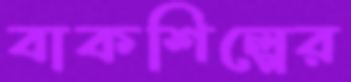
বাকশিল্পের